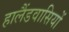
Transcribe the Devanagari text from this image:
हालैंडवासियों